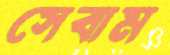
সেবাম